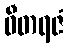
ဝီတရဇံ